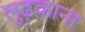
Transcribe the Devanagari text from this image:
लुढ़काना